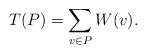
LaTeX: \begin{align*} T(P) = \sum_{v\in P} W(v).\end{align*}